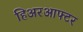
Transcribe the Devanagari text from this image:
हिअरआफ्टर